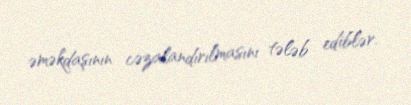
əməkdaşının cəzalandırılmasını tələb ediblər.